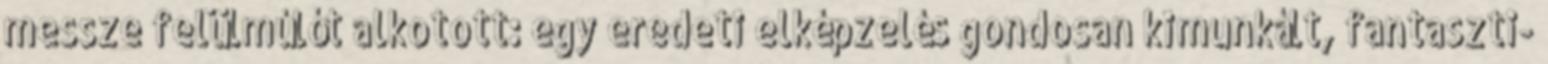
messze felülmúlót alkotott: egy eredeti elképzelés gondosan kimunkált, fantaszti-